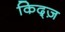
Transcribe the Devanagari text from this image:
किद्ज़